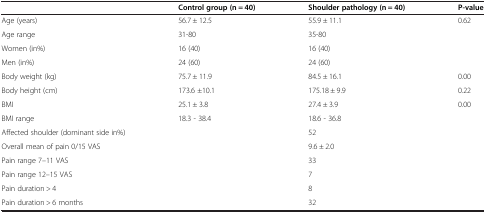
|  | Control group (n = 40) | Shoulder pathology (n = 40) | P-value |
 | --- | --- | --- | --- |
 | Age (years) | 56.7 ± 12.5 | 55.9 ± 11.1 | 0.62 |
 | Age range | 31-80 | 35-80 |  |
 | Women (in%) | 16 (40) | 16 (40) |  |
 | Men (in%) | 24 (60) | 24 (60) |  |
 | Body weight (kg) | 75.7 ± 11.9 | 84.5 ± 16.1 | 0.00 |
 | Body height (cm) | 173.6 ±10.1 | 175.18 ± 9.9 | 0.22 |
 | BMI | 25.1 ± 3.8 | 27.4 ± 3.9 | 0.00 |
 | BMI range | 18.3 - 38.4 | 18.6 - 36.8 |  |
 | Affected shoulder (dominant side in%) |  | 52 |  |
 | Overall mean of pain 0/15 VAS |  | 9.6 ± 2.0 |  |
 | Pain range 7–11 VAS |  | 33 |  |
 | Pain range 12–15 VAS |  | 7 |  |
 | Pain duration > 4 |  | 8 |  |
 | Pain duration > 6 months |  | 32 |  |